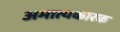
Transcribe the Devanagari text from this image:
अमात्यकारक